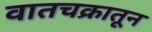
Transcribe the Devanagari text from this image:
वातचक्रातून